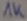
Text: 1K